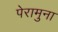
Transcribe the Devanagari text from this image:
पेरामुना